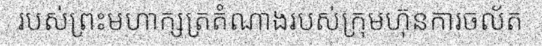
របស់ព្រះមហាក្សត្រតំណាងរបស់ក្រុមហ៊ុនការចល័ត